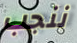
ننجب